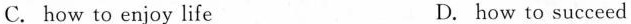
C. how to enjoy life D. how to succeed